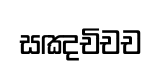
සඤචිචච